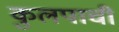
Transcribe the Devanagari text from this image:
कुलपाची